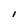
Character: I